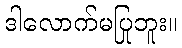
ဒါလောက်မပြုဘူး။